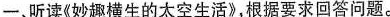
一、听读《妙趣横生的太空生活》，根据要求回答问题。